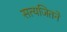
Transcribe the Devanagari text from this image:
सत्यजितने